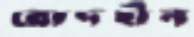
রোদহীন